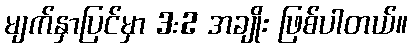
မျက်နှာပြင်မှာ 3:2 အချိုး ဖြစ်ပါတယ်။